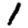
Digit: 1